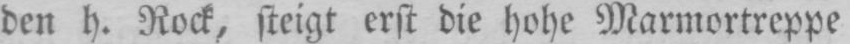
den h. Rock, steigt erst die hohe Marmortreppe